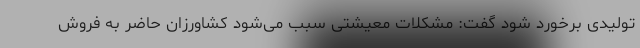
تولیدی برخورد شود گفت: مشکلات معیشتی سبب می‌شود کشاورزان حاضر به فروش